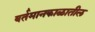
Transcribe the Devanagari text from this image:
वर्तमानकाळातील